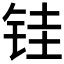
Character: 𫓯